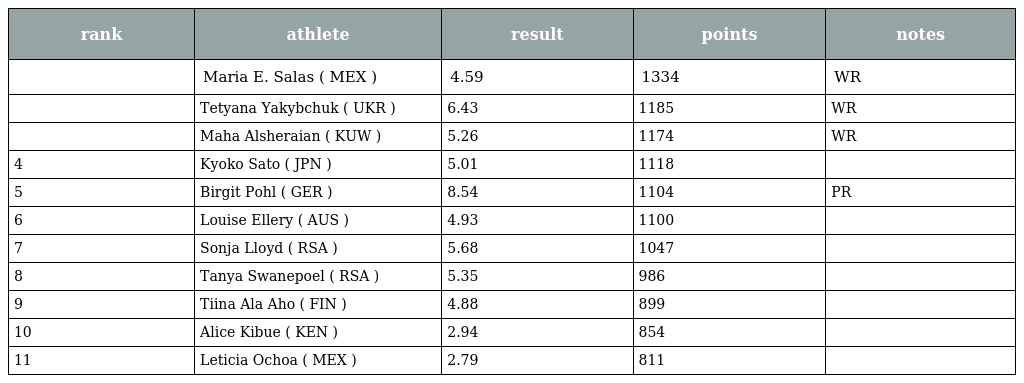
| rank | athlete | result | points | notes |
 | --- | --- | --- | --- | --- |
 |  | Maria E. Salas ( MEX ) | 4.59 | 1334 | WR |
 |  | Tetyana Yakybchuk ( UKR ) | 6.43 | 1185 | WR |
 |  | Maha Alsheraian ( KUW ) | 5.26 | 1174 | WR |
 | 4 | Kyoko Sato ( JPN ) | 5.01 | 1118 |  |
 | 5 | Birgit Pohl ( GER ) | 8.54 | 1104 | PR |
 | 6 | Louise Ellery ( AUS ) | 4.93 | 1100 |  |
 | 7 | Sonja Lloyd ( RSA ) | 5.68 | 1047 |  |
 | 8 | Tanya Swanepoel ( RSA ) | 5.35 | 986 |  |
 | 9 | Tiina Ala Aho ( FIN ) | 4.88 | 899 |  |
 | 10 | Alice Kibue ( KEN ) | 2.94 | 854 |  |
 | 11 | Leticia Ochoa ( MEX ) | 2.79 | 811 |  |